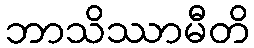
ဘာသိဿာမီတိ